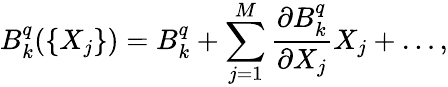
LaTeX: B_{k}^{q}(\{ X_{j}\} )=B_{k}^{q}+\sum_{j=1}^{M}\frac{\partial B_{k}^{q}}{\partial X_{j}}X_{j}+\dots,